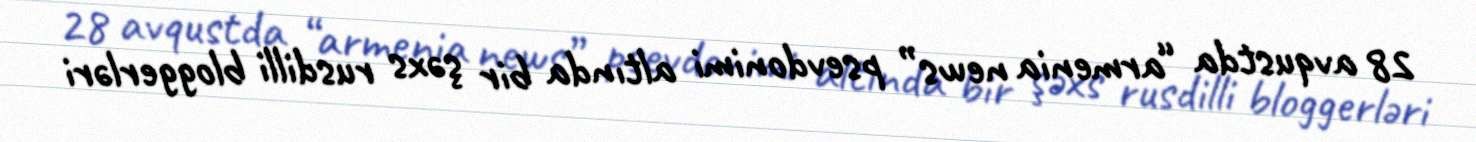
28 avqustda “armenia news” psevdonimi altında bir şəxs rusdilli bloggerləri